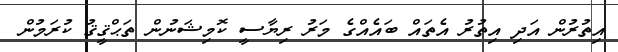
އިތުރުން އަދި އިތުރު އެތައް ބައެއްގެ މަރު ރިޔާސީ ކޮމިޝަނުން ތަޙްޤީޤު ކުރަމުން